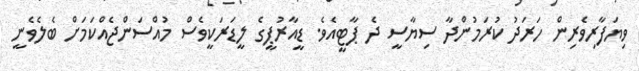
ވިޔަފާރިވެރިން ހަރަދު ކުރަމުންދާ ސިޔާސީ ދެ ޕާޓީއެވެ. ޑީއާރުޕީގެ ލީޑަރަކީވެސް މުއްސަންޖެއްކަމަށް ބެލެވެނީ